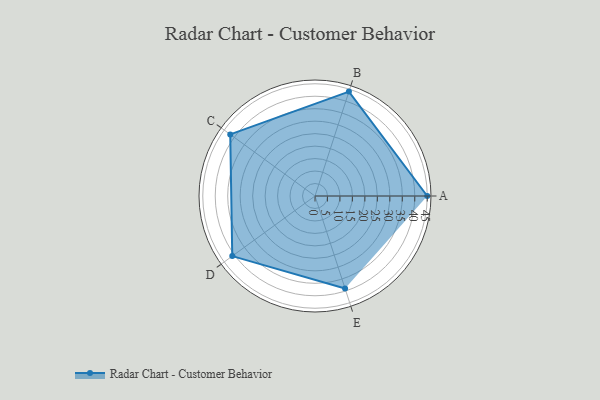
{"axis": {"x": "Skill", "y": "Score"}, "legend": ["Profile"], "data": [{"x": "A", "y": 45.0, "type": "Profile"}, {"x": "B", "y": 44.0, "type": "Profile"}, {"x": "C", "y": 42.0, "type": "Profile"}, {"x": "D", "y": 41.0, "type": "Profile"}, {"x": "E", "y": 39.0, "type": "Profile"}]}